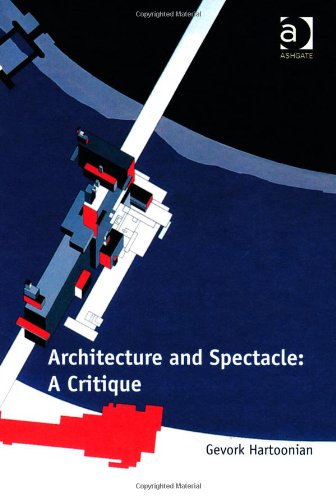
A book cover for Architecture and Spectacle: A Critique; Gevork Hartoonian; Arts & Photography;